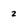
Character: 2